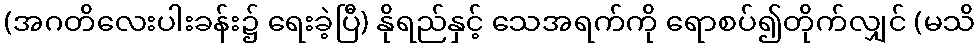
(အဂတိလေးပါးခန်း၌ ရေးခဲ့ပြီ) နိုရည်နှင့် သေအရက်ကို ရောစပ်၍တိုက်လျှင် (မသိ